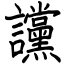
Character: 讜